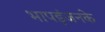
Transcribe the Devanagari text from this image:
भापइंजनके